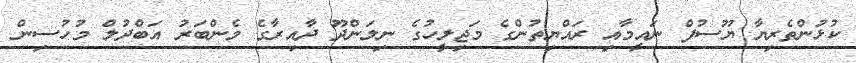
ކުޅުންތެރިޔާ ޔޫސުފް ނައީމާއި ރައްޔިތުންގެ މަޖިލީހުގެ ނިލަންދޫ ދާއިރާގެ މެންބަރު އަބްދުލް މުހުސިން